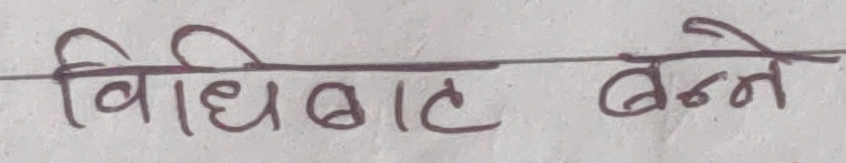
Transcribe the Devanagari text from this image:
विधिबाट बन्ने